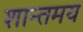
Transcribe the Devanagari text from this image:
शान्तमय